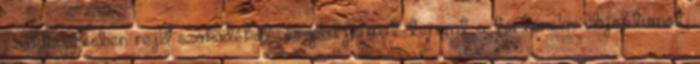
szakképzésben rejlő szakadékot, és platformot teremt a történelmi objektumot,